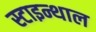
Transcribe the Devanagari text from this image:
स्टाइन्थाल